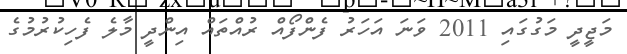
މަޖީދީ މަގުގައި 2011 ވަނަ އަހަރު ފެންފޯއް ރުއްތައް އިންދީ މާލެ ފެހިކުރުމުގެ